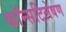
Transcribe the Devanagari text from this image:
कॉन्सटिलेषण